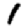
Digit: 1